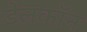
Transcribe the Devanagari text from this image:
डेलकॉन